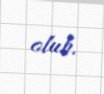
olub.